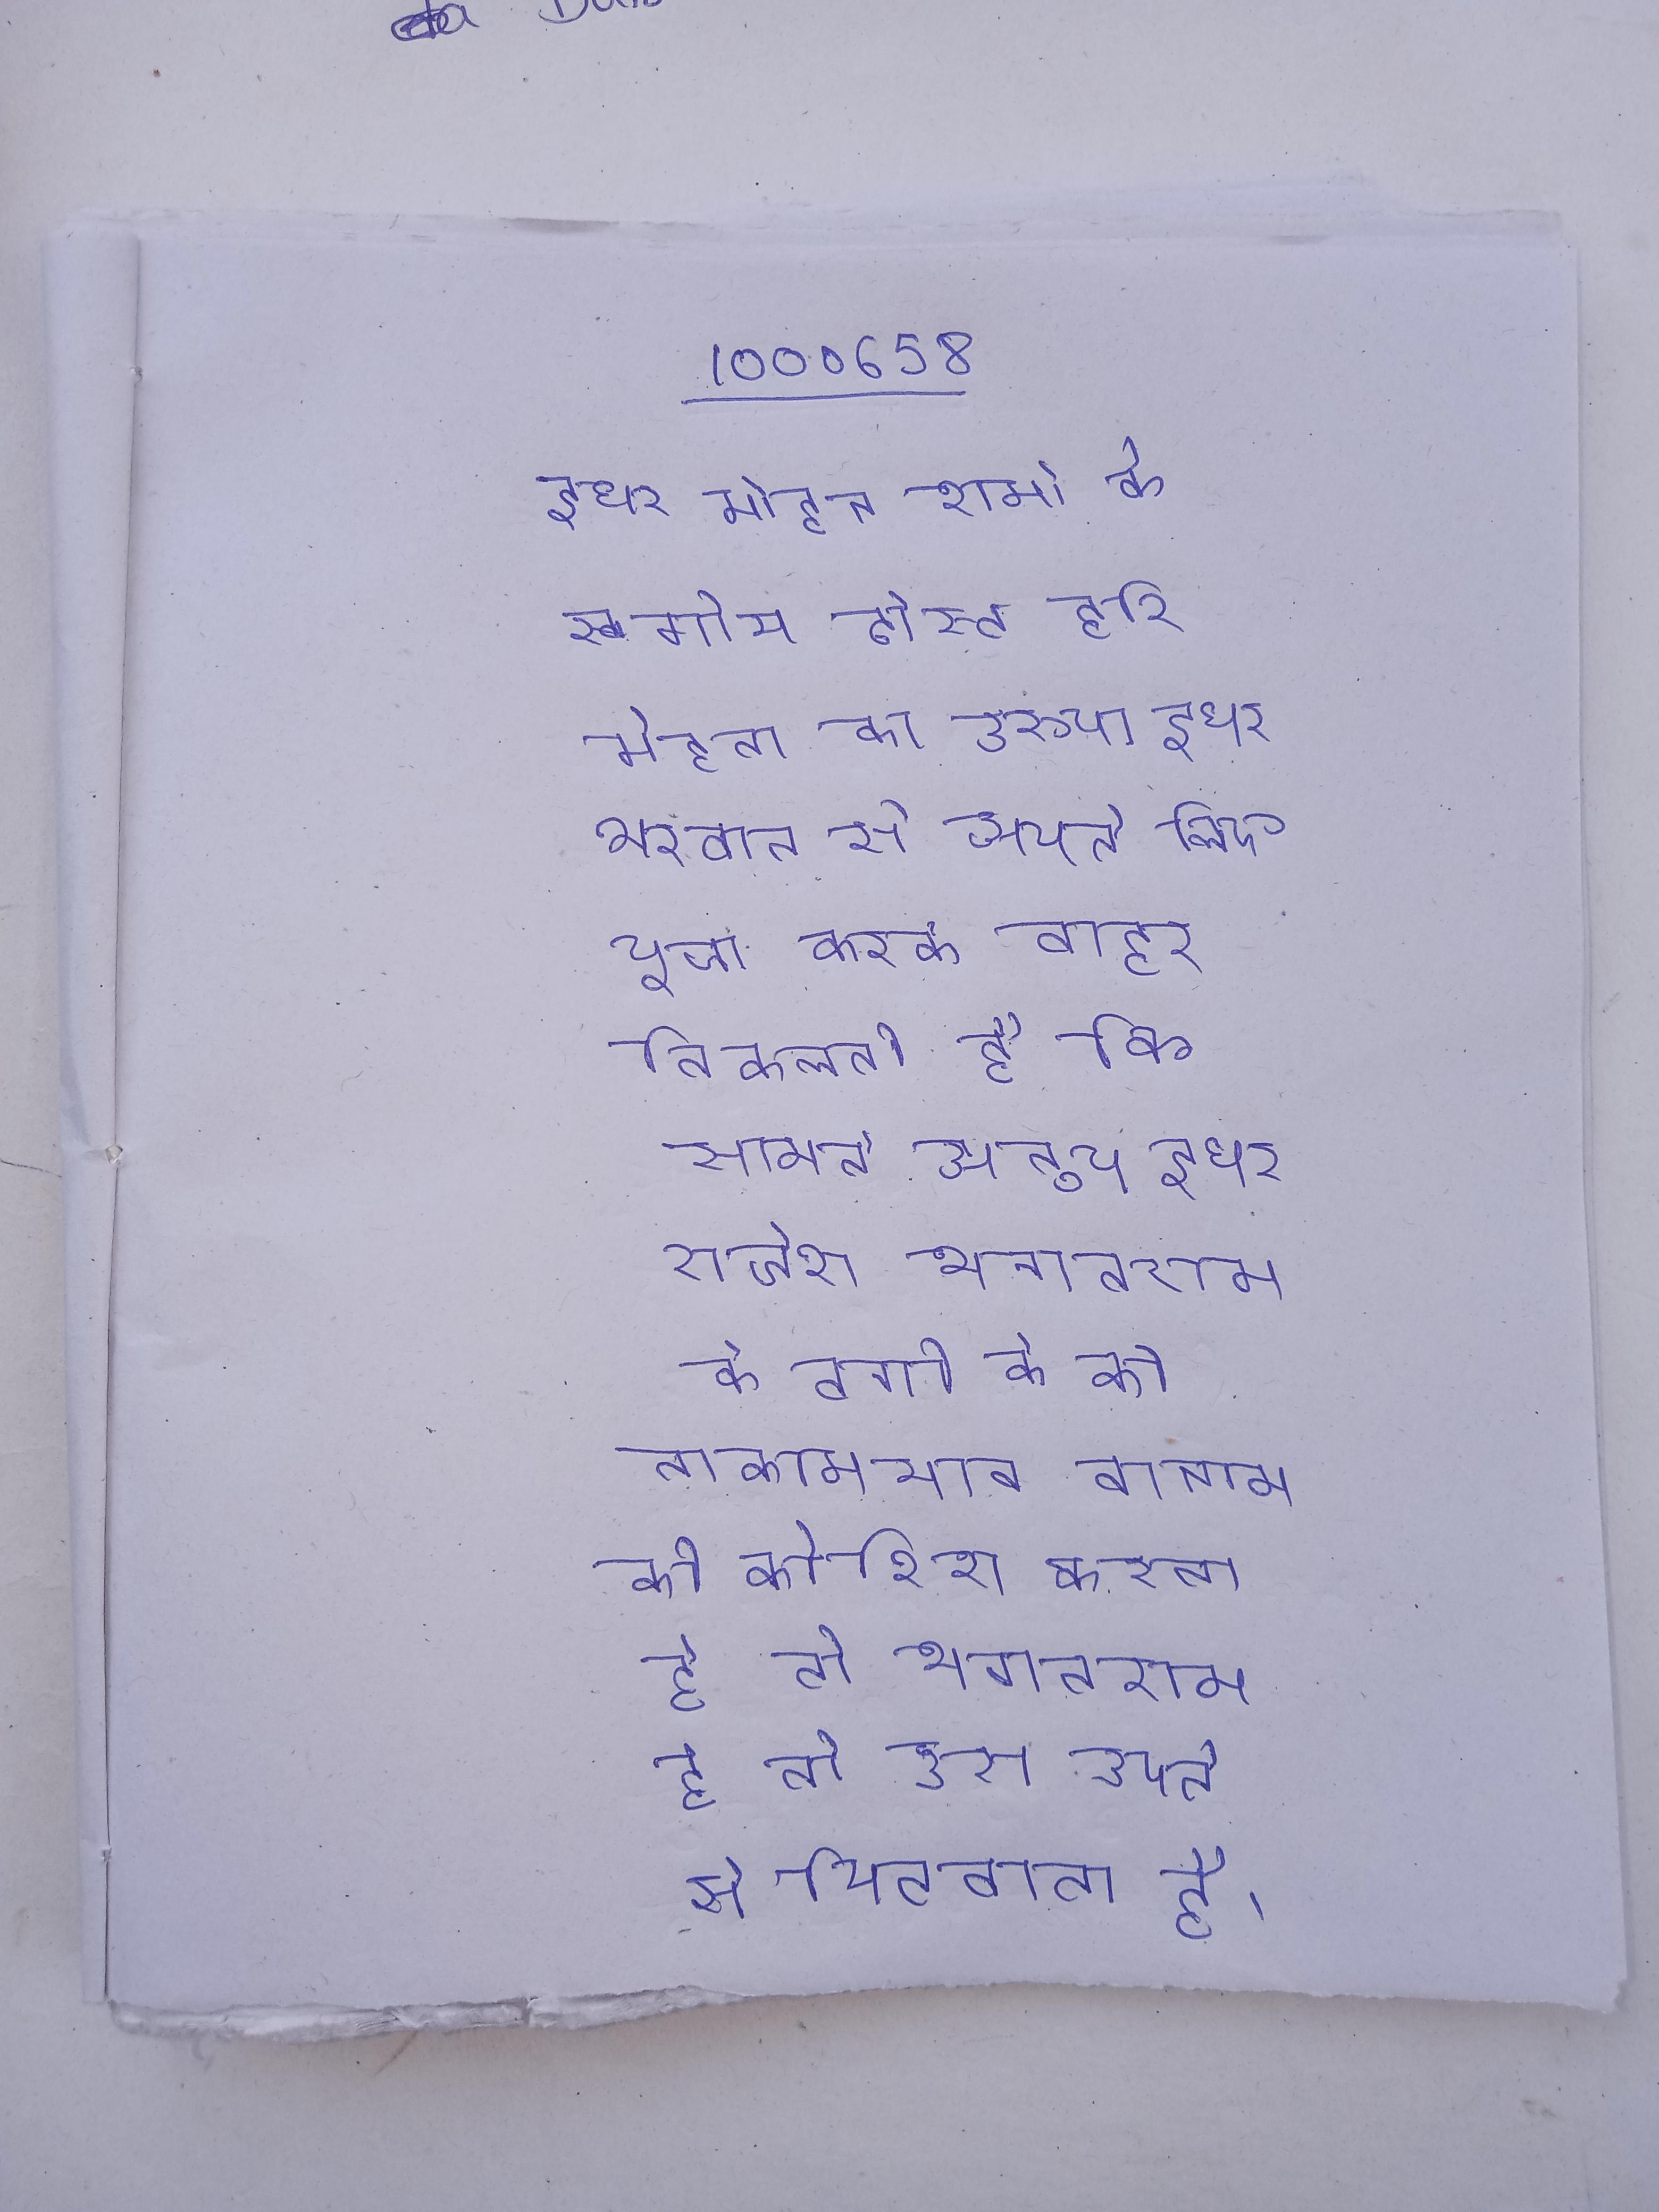
इधर मोहन शर्मा के स्वर्गीय दोस्त हरि मेहता का अरुण इधर भगवान से अपने लिए पूजा करके बाहर निकलती है कि सामने अनूप इधर राजेश भगतराम के ठगी के को नाकामयाब बनाने की कोशिश करता है तो भगतराम उसे अपने से पिटवाता है ।